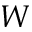
W